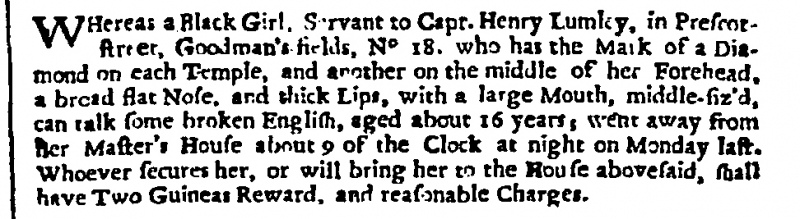
London Gazette, 17 January 1706 (England)
WHereas a Black Girl, Servant to Capt. Henry Lumley, in Prescot-street, Goodman’s-fields, No.18. who has the Mark of a Diamond on each Temple, and another on the middle of her Forehead, a broad flat Nose, and thick Lips, with a large Mouth, middle-siz’d, can talk some broken English, aged about 16 years; went away from her Master’s House about 9 of the Clock at night on Monday last. Whoever secures her, or will bring her to the House abovesaid, shall have Two Guineas Reward, and reasonable Charges.